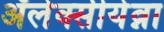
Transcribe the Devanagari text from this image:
ॲलेक्सीयेव्ना